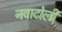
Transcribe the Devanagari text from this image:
नवाटोली